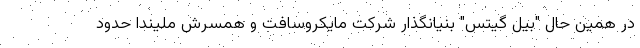
در همین حال "بیل گیتس" بنیانگذار شرکت مایکروسافت و همسرش ملیندا حدود